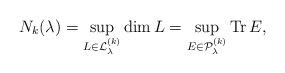
LaTeX: \begin{align*}N_k(\lambda) = \sup\limits_{L\in{\cal L}_\lambda^{(k)}}\mbox{dim}\,L = \sup\limits_{E\in{\cal P}_\lambda^{(k)}}\mbox{Tr}\,E, \end{align*}